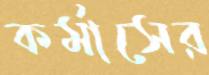
কর্মাসের